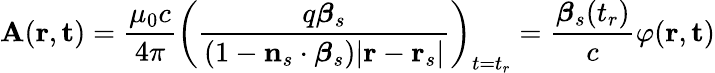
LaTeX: \mathbf{A}(\mathbf{r},\mathbf{t})={\frac{\mu_{0}c}{4\pi}}\left({\frac{q{\boldsymbol{\beta}}_{s}}{(1-\mathbf{n}_{s}\cdot{\boldsymbol{\beta}}_{s})|\mathbf{r}-\mathbf{r}_{s}|}}\right)_{t=t_{r}}={\frac{{\boldsymbol{\beta}}_{s}(t_{r})}{c}}\varphi(\mathbf{r},\mathbf{t})